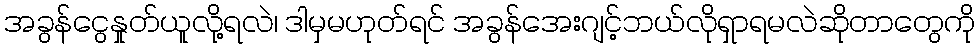
အခွန်ငွေနှုတ်ယူလို့ရလဲ၊ ဒါမှမဟုတ်ရင် အခွန်အေးဂျင့်ဘယ်လိုရှာရမလဲဆိုတာတွေကို